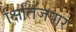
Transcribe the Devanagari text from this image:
क्षितिजपार